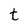
Character: t